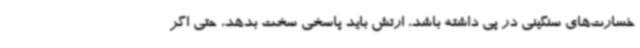
خسارت‌های سنگینی در پی داشته باشد، ارتش باید پاسخی سخت بدهد، حتی اگر